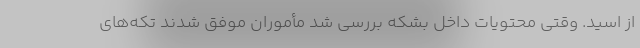
از اسید. وقتی محتویات داخل بشکه بررسی شد مأموران موفق شدند تکه‌های